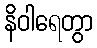
နိဝါရေတွာ